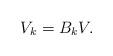
LaTeX: \begin{align*} V_k = B_k V.\end{align*}